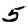
Digit: 5